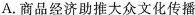
A.商品经济助推大众文化传播